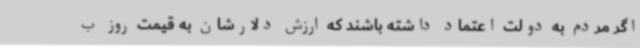
اگر مردم به دولت اعتماد داشته باشند که ارزش دلارشان به قیمت روز ب